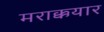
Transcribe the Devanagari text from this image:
मराक्कयार